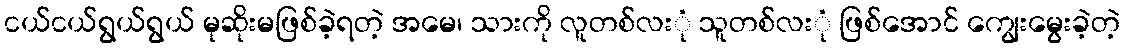
ငယ်ငယ်ရွယ်ရွယ် မုဆိုးမဖြစ်ခဲ့ရတဲ့ အမေ၊ သားကို လူတစ်လးုံ သူတစ်လးုံ ဖြစ်အောင် ကျွေးမွေးခဲ့တဲ့